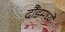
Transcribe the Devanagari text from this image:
दौंडमध्ये